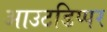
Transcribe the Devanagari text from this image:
आउटडिप्पर